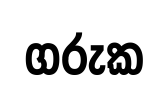
ගරුක